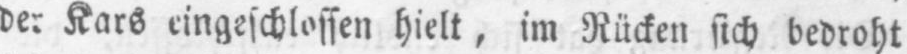
Kars eingeschlossen hielt, im Rücken sich bedroht